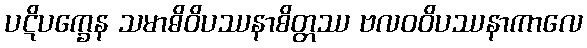
ပဋိပက္ခေန သမာဓိဝိပဿနာစိတ္တဿ ဗလဝဝိပဿနာကာလေ